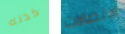
كذلك الاتصالات